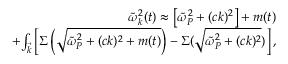
\begin{array} { r l r } & { } & { \tilde { \omega } _ { k } ^ { 2 } ( t ) \approx \left[ \tilde { \omega } _ { P } ^ { 2 } + ( c k ) ^ { 2 } \right] + m ( t ) } \\ & { ~ } & { + { \int _ { \vec { k } } } \left[ \Sigma \left( \sqrt { \tilde { \omega } _ { P } ^ { 2 } + ( c k ) ^ { 2 } + m ( t ) } \right) - \Sigma ( \sqrt { \tilde { \omega } _ { P } ^ { 2 } + ( c k ) ^ { 2 } } ) \right] , } \end{array}